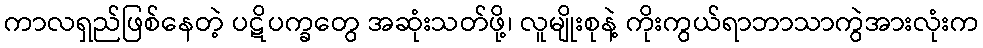
ကာလရှည်ဖြစ်နေတဲ့ ပဋိပက္ခတွေ အဆုံးသတ်ဖို့၊ လူမျိုးစုနဲ့ ကိုးကွယ်ရာဘာသာကွဲအားလုံးက